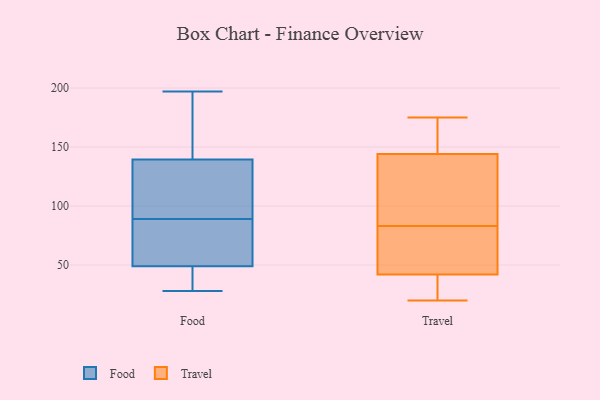
{"axis": {"x": "Humidity (%)", "y": "Value"}, "legend": ["Food", "Travel"], "data": [{"x": "", "y": 28, "type": "Food"}, {"x": "", "y": 132, "type": "Food"}, {"x": "", "y": 142, "type": "Food"}, {"x": "", "y": 49, "type": "Food"}, {"x": "", "y": 108, "type": "Food"}, {"x": "", "y": 119, "type": "Food"}, {"x": "", "y": 39, "type": "Food"}, {"x": "", "y": 142, "type": "Food"}, {"x": "", "y": 89, "type": "Food"}, {"x": "", "y": 60, "type": "Food"}, {"x": "", "y": 49, "type": "Food"}, {"x": "", "y": 35, "type": "Food"}, {"x": "", "y": 194, "type": "Food"}, {"x": "", "y": 197, "type": "Food"}, {"x": "", "y": 77, "type": "Food"}, {"x": "", "y": 144, "type": "Travel"}, {"x": "", "y": 22, "type": "Travel"}, {"x": "", "y": 173, "type": "Travel"}, {"x": "", "y": 99, "type": "Travel"}, {"x": "", "y": 20, "type": "Travel"}, {"x": "", "y": 59, "type": "Travel"}, {"x": "", "y": 67, "type": "Travel"}, {"x": "", "y": 56, "type": "Travel"}, {"x": "", "y": 104, "type": "Travel"}, {"x": "", "y": 32, "type": "Travel"}, {"x": "", "y": 42, "type": "Travel"}, {"x": "", "y": 175, "type": "Travel"}, {"x": "", "y": 158, "type": "Travel"}, {"x": "", "y": 130, "type": "Travel"}]}